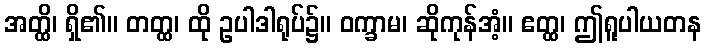
အတ္ထိ၊ ရှိ၏။ တတ္ထ၊ ထို ဥပါဒါရုပ်၌။ ဝက္ခာမ၊ ဆိုကုန်အံ့။ ဧတ္ထ၊ ဤရူပါယတန